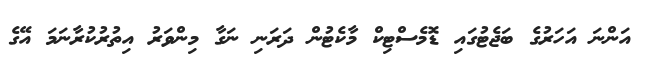
އަންނަ އަހަރުގެ ބަޖެޓުގައި ޑޮމެސްޓިކް މާކެޓުން ދަރަނި ނަގާ މިންވަރު އިތުރުކުރާނަމަ އޭގެ